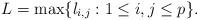
LaTeX: \begin{align*}L=\max\{l_{i,j}:1\leq i, j\leq p\}.\end{align*}